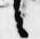
々